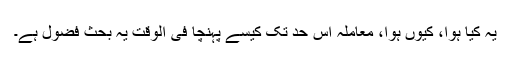
یہ کیا ہوا، کیوں ہوا، معاملہ اس حد تک کیسے پہنچا فی الوقت یہ بحث فضول ہے۔